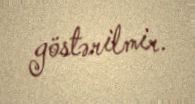
göstərilmir.